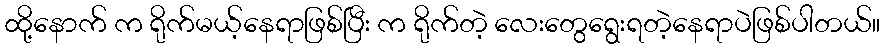
ထို့နောက် က ရိုက်မယ့်နေရာဖြစ်ပြီး က ရိုက်တဲ့ လေးတွေရွေးရတဲ့နေရာပဲဖြစ်ပါတယ်။